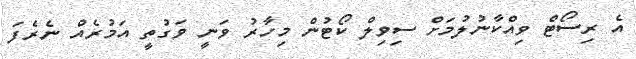
އެ ރިސޯޓް ވިއްކާނުލުމަށް ސިވިލް ކޯޓުން މިހާރު ވަނީ ވަގުތީ އަމުރެއް ނެރެފަ